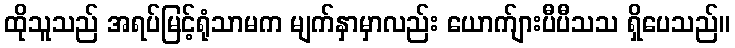
ထိုသူသည် အရပ်မြင့်ရုံသာမက မျက်နှာမှာလည်း ယောက်ျားပီပီသသ ရှိပေသည်။